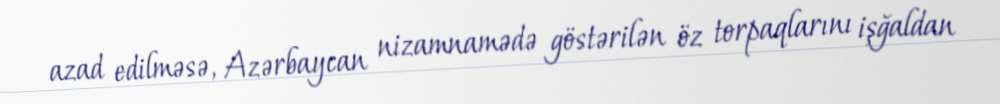
azad edilməsə, Azərbaycan nizamnamədə göstərilən öz torpaqlarını işğaldan